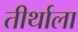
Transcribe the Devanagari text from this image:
तीर्थाला